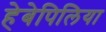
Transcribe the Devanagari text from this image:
हेबेपिलिया